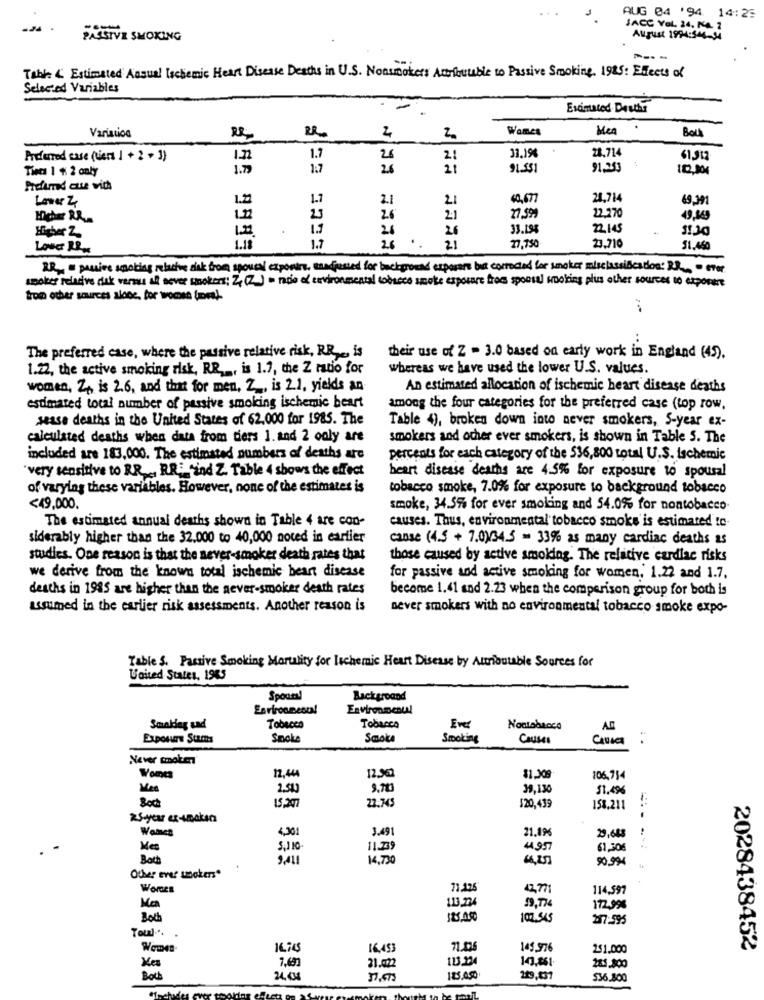
...
AUG 04 '94. 14:26
JACE YOL. 24, KA. 7
PASSIVE SMOKING
August 1994:346-34
Table & Estimated Auquel Ischemic Heart Disease Deaths in U.S. Nonsmokers Attributable to Passive Smoking, 1925: Effects of
Selected Variables
Estimated Desthe
Womes
Men
Bou
Variation
2
~
33.19%
28,714
Preferred case (vers 1 + 2 + 3)
1.72
1.7
26
21
61,512
Tiecs 1 % 2 caly
1.75
1:7
26
21
91.551
91.253
Profimed cute with
Lower Z
1.2
2.1
21
40,677
24.714
69.391
22.270
Micher RR ..
23
26
21
27.599
49.169
Higher Z
1.3
26
26
33.195
22 145
28
27,750
23.710
Lower RR
1.7
.. 21
31.460
DR. " passive smoking relative risk from spowal expontre, eandpassed for background exporers but corrected for smoker misclassification: R.R. - ever
spoker relative dek versus all never smokers; Z,(Z) = noe of environmental tobacco smoke exposure from spousal cooking plus other sources to export
trop other sources skoc, for womse (om)
..
The preferred case, where the passive relative risk, RR is
their use of Z - 3.0 based on early work in England (45).
1.22, the active smoking risk, RR ,., is 1.7, the Z ratio for
whereas we have used the lower U.S. values.
women, 2, is 2.6, and that for men, Z ., is 21, yields an
An estimated allocation of ischemic heart disease deaths
estimated total number of passive smoking ischemic beart
among the four categories for the preferred case (top row,
sease deaths in the United States of 62.000 for 1985. The
Table 4), broken down into never smokers, S-year ex-
calculated deaths when data from tiers 1. and 2 only are
smokers and other ever smokers, is shown in Table 5. The
included are 183,000. The estimated numbers of deaths are
percents for each category of the 536,800 total U.S. Ischemic
"very sensitive to RR , RRi find Z. Table 4 shows the effect
heart disease deaths are 4.5% for exposure to spousal
of varying these variables. However, none of the estimates is
tobacco smoke, 7.0% for exposure to background tobacco
<49,000.
smoke, 34.5% for ever smoking and 54.0% for noatobacco.
The estimated annual deaths shown in Table 4 are con-
causes. Thus, environmental'tobacco smoke is estimated to-
siderably higher than the 32.000 to 40,000 noted in earlier
canse (4.5 + 7.0)34.5 - 33% as many cardiac deaths as
studies. One reason is that the never-smoker death rates that
those caused by active smoking. The relative cardiac risks
we derive from the known total ischemic heart disease
for passive and active smoking for women, 1.22 and 1.7.
deaths in 1985 are higher than the never-smoker death rates
become 1.41 and 2.23 when the comparison group for both is
assumed in the earlier risk assessments. Another reason is
never smokers with no environmental tobacco smoke expo-
Table S. Passive Smoking Mortality for Ischemic Heart Disease by Attributable Sources for
United States, 1985
Spousal
Background
Environmental
Smaklag sad
Tobacco
Tobacco
Ever
Nontabaoco
AB
Exposure Stams
Smoke
Smoke
Smoking
Causes
CauICA
Never smolen
12.444
Womes
12,962
81.909
106.714
Kes
2.50
9.713
39,130
51.496
Bock
15,297
22.745
$20.439
151.211
25-year ex-smaksa
Wales
4,301
3.491
21.19
29.668
Me
11.739
44,957
61,306
Both
9.411
14,730
90.994
Other ever smakers"
WOmes
73.126
2771
114,597
Men
113,234
172.998
100.545
217:595
Toul.".
16,453
71.02
145.976
2$1.000
2028438452
Kes
7,68
113.224
143,861.
21.022
281.800
Both
24.08
229,437
$36.800